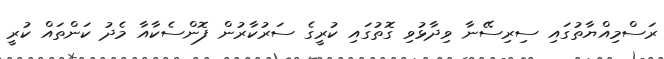
ރަސްމިއްޔާތުގައި ސިރިސޭނާ ވިދާޅުވި ގޮތުގައި ކުރީގެ ސަރުކާރުން ފޮންސެކާއާ މެދު ކަންތައް ކުރީ